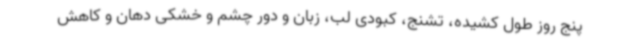
پنج روز طول کشیده، تشنج، کبودی لب، زبان و دور چشم و خشکی دهان و کاهش